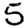
Digit: 5